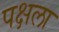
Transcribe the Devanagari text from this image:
पक्षला